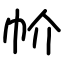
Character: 㠹